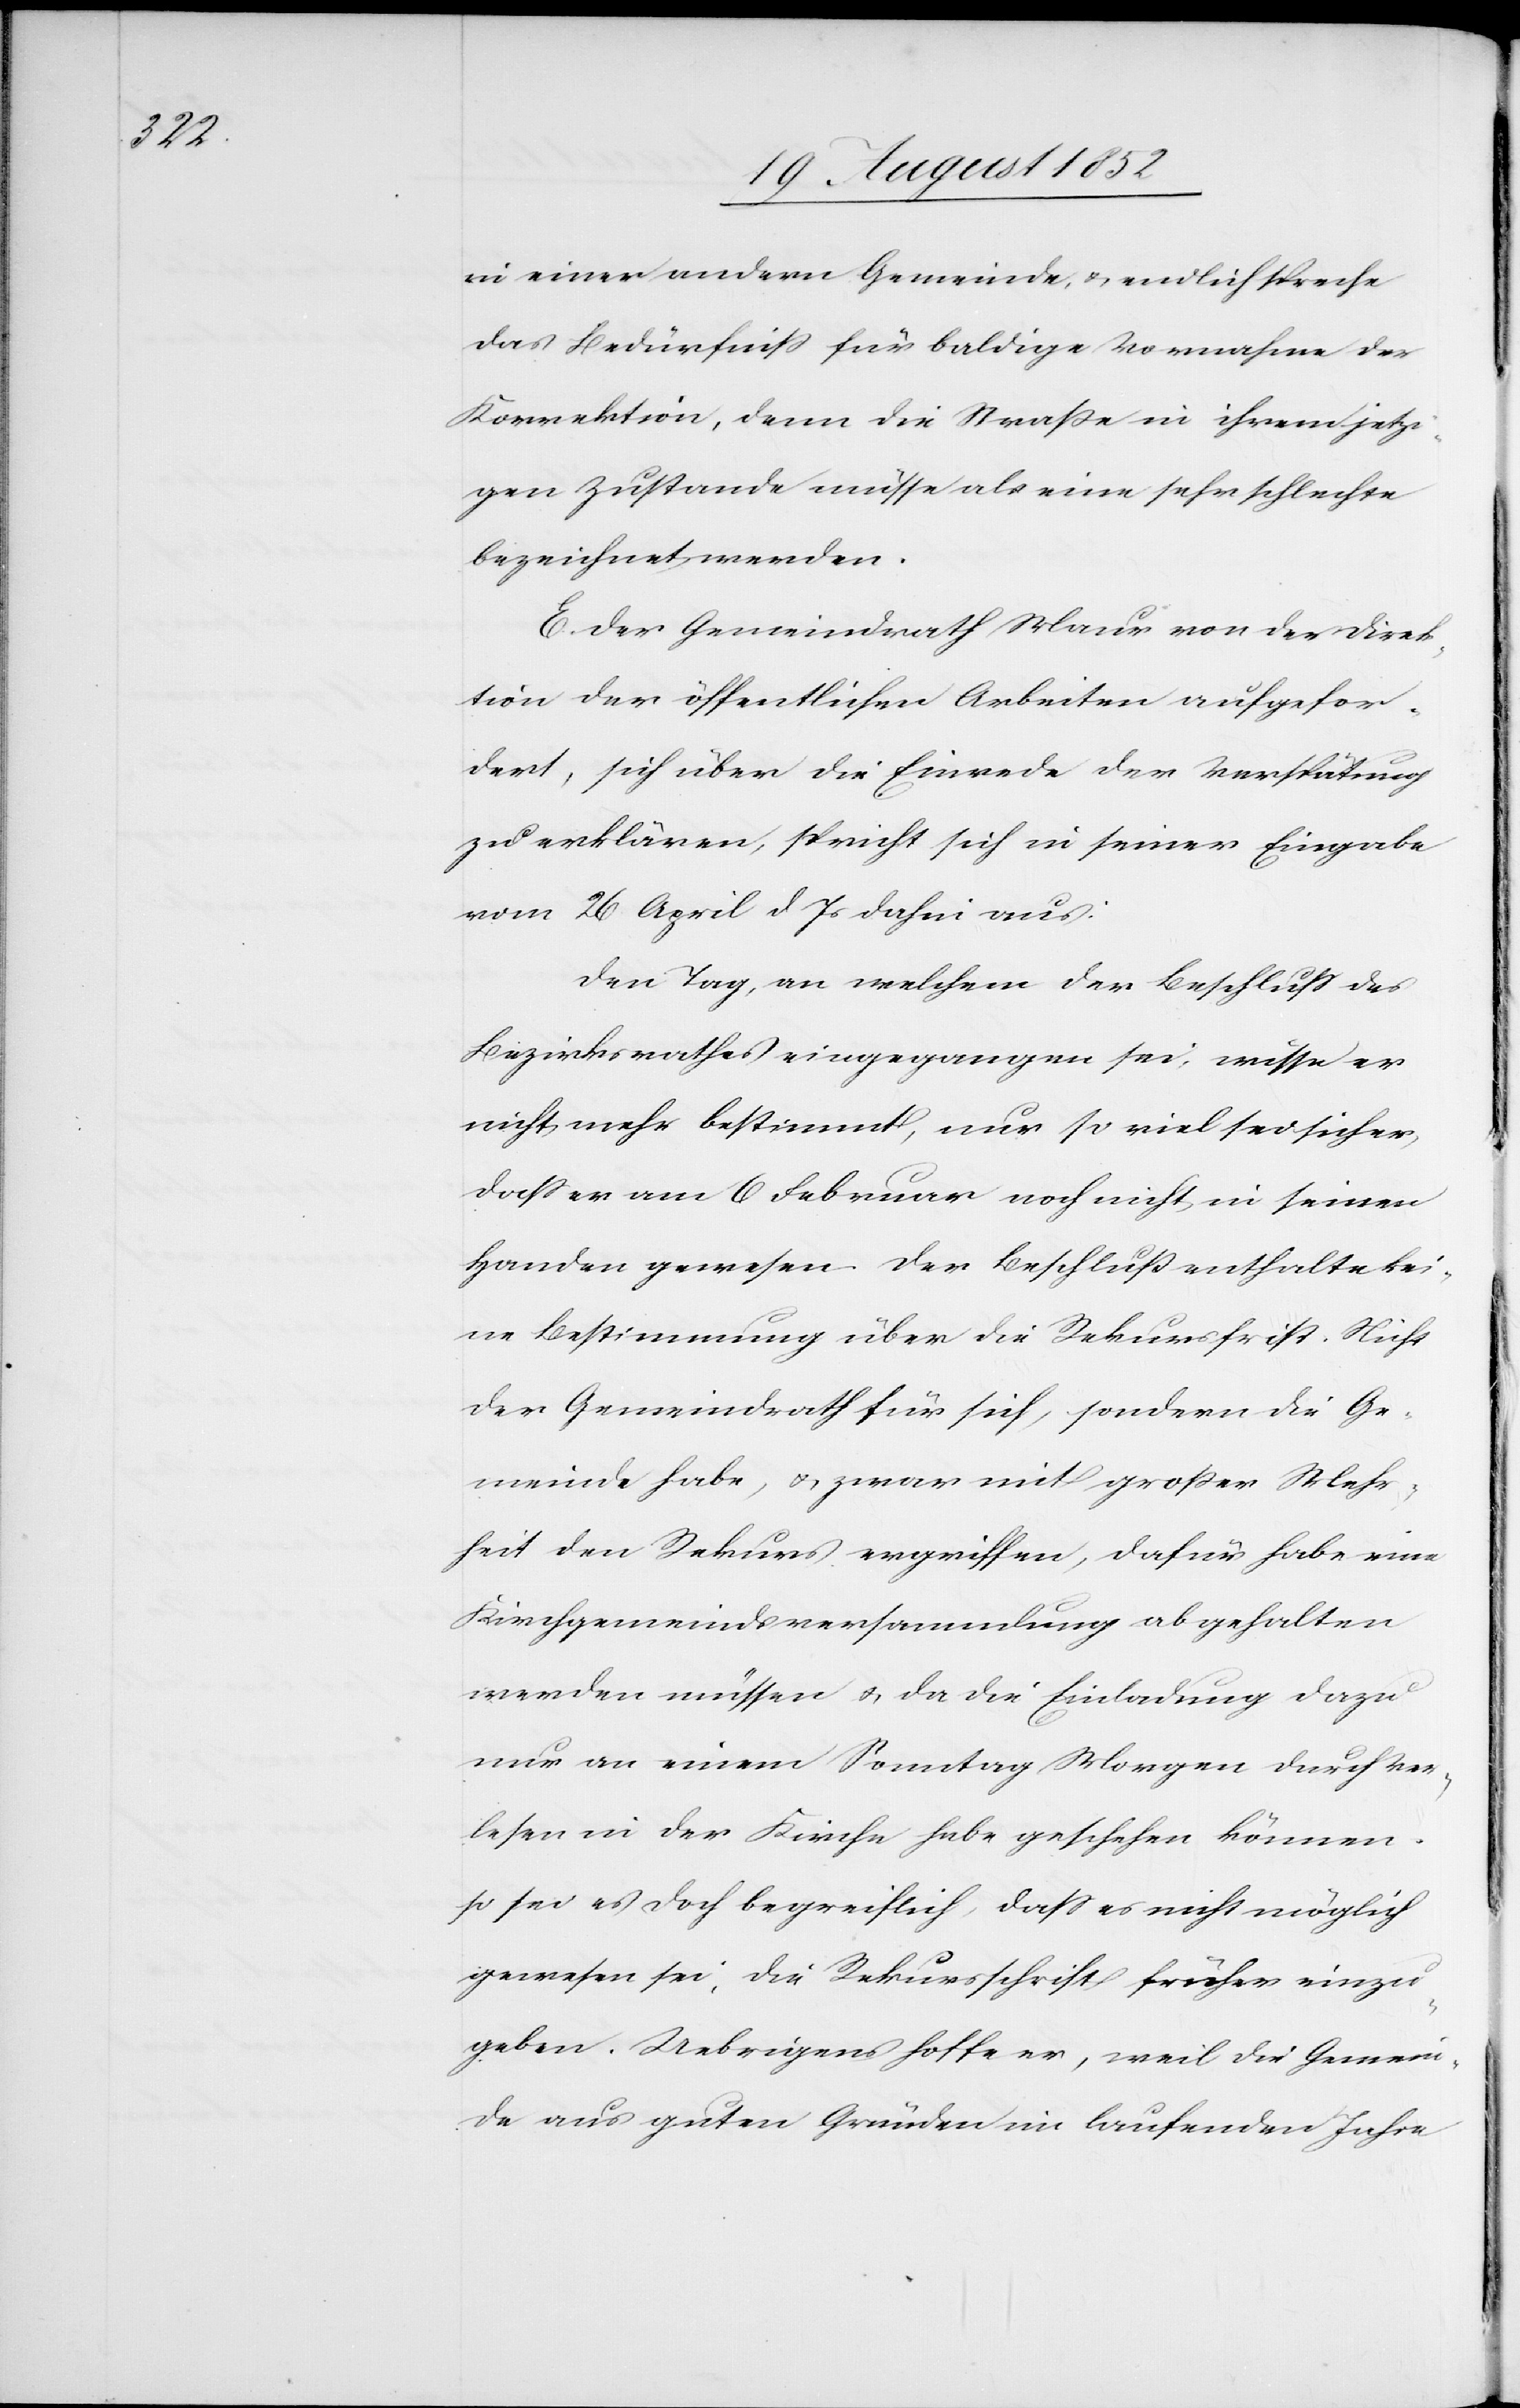
in einer andern Gemeinde, & endlich spreche
das Bedürfniss für baldige Vornahme der
Korrektion, denn die Straße in ihrem jetzi¬
gen Zustande müsse als eine sehr schlechte
bezeichnet werden.
E. Der Gemeindrath Maur von der Direk¬
tion der öffentlichen Arbeiten aufgefor¬
dert, sich über die Einrede der Verspätung
zu erklären, spricht sich in seiner Eingabe
vom 26 April d Js dahin aus:
Den Tag, an welchem der Beschluss des
Bezirksrathes eingegangen sei, wisse er
nicht mehr bestimmt, nur so viel sei sicher,
dass er am 6 Februar noch nicht in seinen
Handen gewesen. Der Beschluß enthalte kei¬
ne Bestimmung über die Rekursfrist. Nicht
der Gemeindrath für sich, sondern die Ge¬
meinde habe, & zwar mit großer Mehr¬
heit den Rekurs ergriffen, dafür habe eine
Kirchgemeindsversammlung abgehalten
werden müssen & da die Einladung dazu
nur an einem Sonntag Morgen durch Ver¬
lesen in der Kirche habe geschehen können,
so sei es doch begreiflich, dass es nicht möglich
gewesen sei, die Rekursschrift früher einzu¬
geben. Uebrigens hoffe er, weil die Gemein¬
de aus guten Gründen im laufenden Jahre